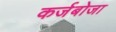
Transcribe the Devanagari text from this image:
कर्जबोजा